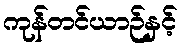
ကုန်တင်ယာဉ်နှင့်